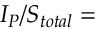
I _ { P } / S _ { t o t a l } =